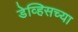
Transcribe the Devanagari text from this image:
डेव्हिसच्या